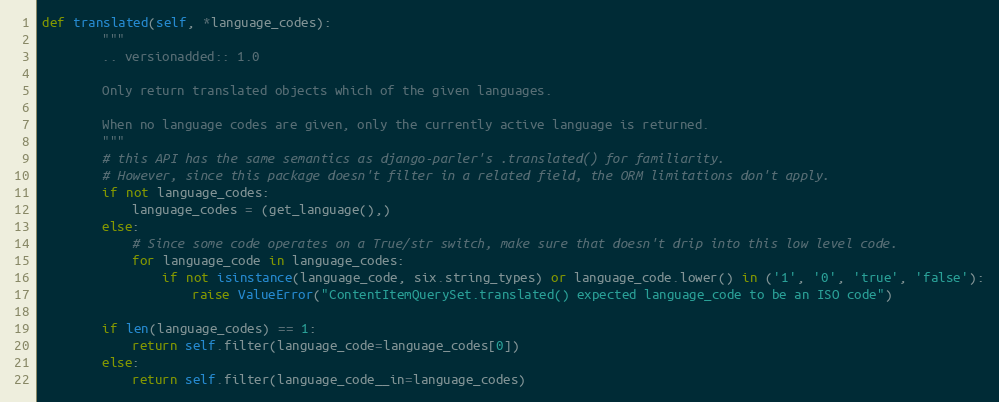
Language: Python
def translated(self, *language_codes):
        """
        .. versionadded:: 1.0

        Only return translated objects which of the given languages.

        When no language codes are given, only the currently active language is returned.
        """
        # this API has the same semantics as django-parler's .translated() for familiarity.
        # However, since this package doesn't filter in a related field, the ORM limitations don't apply.
        if not language_codes:
            language_codes = (get_language(),)
        else:
            # Since some code operates on a True/str switch, make sure that doesn't drip into this low level code.
            for language_code in language_codes:
                if not isinstance(language_code, six.string_types) or language_code.lower() in ('1', '0', 'true', 'false'):
                    raise ValueError("ContentItemQuerySet.translated() expected language_code to be an ISO code")

        if len(language_codes) == 1:
            return self.filter(language_code=language_codes[0])
        else:
            return self.filter(language_code__in=language_codes)